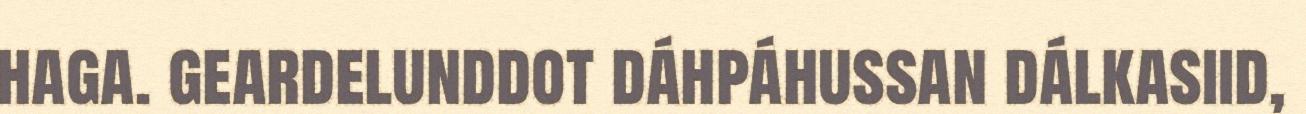
haga. geardelunddot dáhpáhussan dálkasiid,